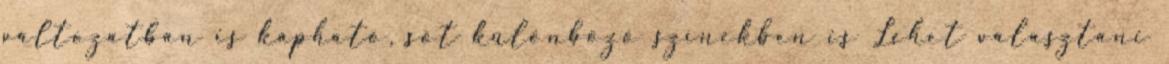
változatban is kapható, sőt különböző színekben is Lehet választani